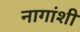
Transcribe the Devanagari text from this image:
नागांशी